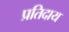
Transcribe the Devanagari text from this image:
प्रतिदाय